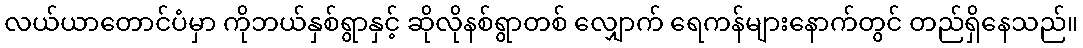
လယ်ယာတောင်ပံမှာ ကိုဘယ်နှစ်ရွာနှင့် ဆိုလိုနစ်ရွာတစ် လျှောက် ရေကန်များနောက်တွင် တည်ရှိနေသည်။